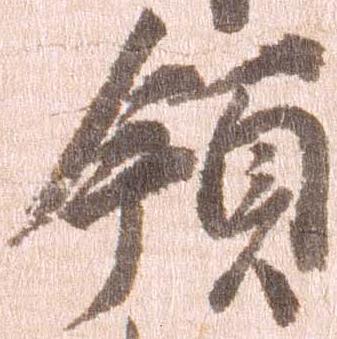
領